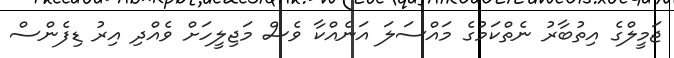
ޖަމީލްގެ އިތުބާރު ނެތްކަމުގެ މައްސަލަ އަނެއްކާ ވެސް މަޖިލީހަށް ވެއްދި އިރު ޑިފެންސް